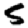
Digit: 5